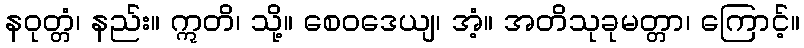
နဝုတ္တံ၊ နည်း။ ဣတိ၊ သို့။ စေဝဒေယျ၊ အံ့။ အတိသုခုမတ္တာ၊ ကြောင့်။